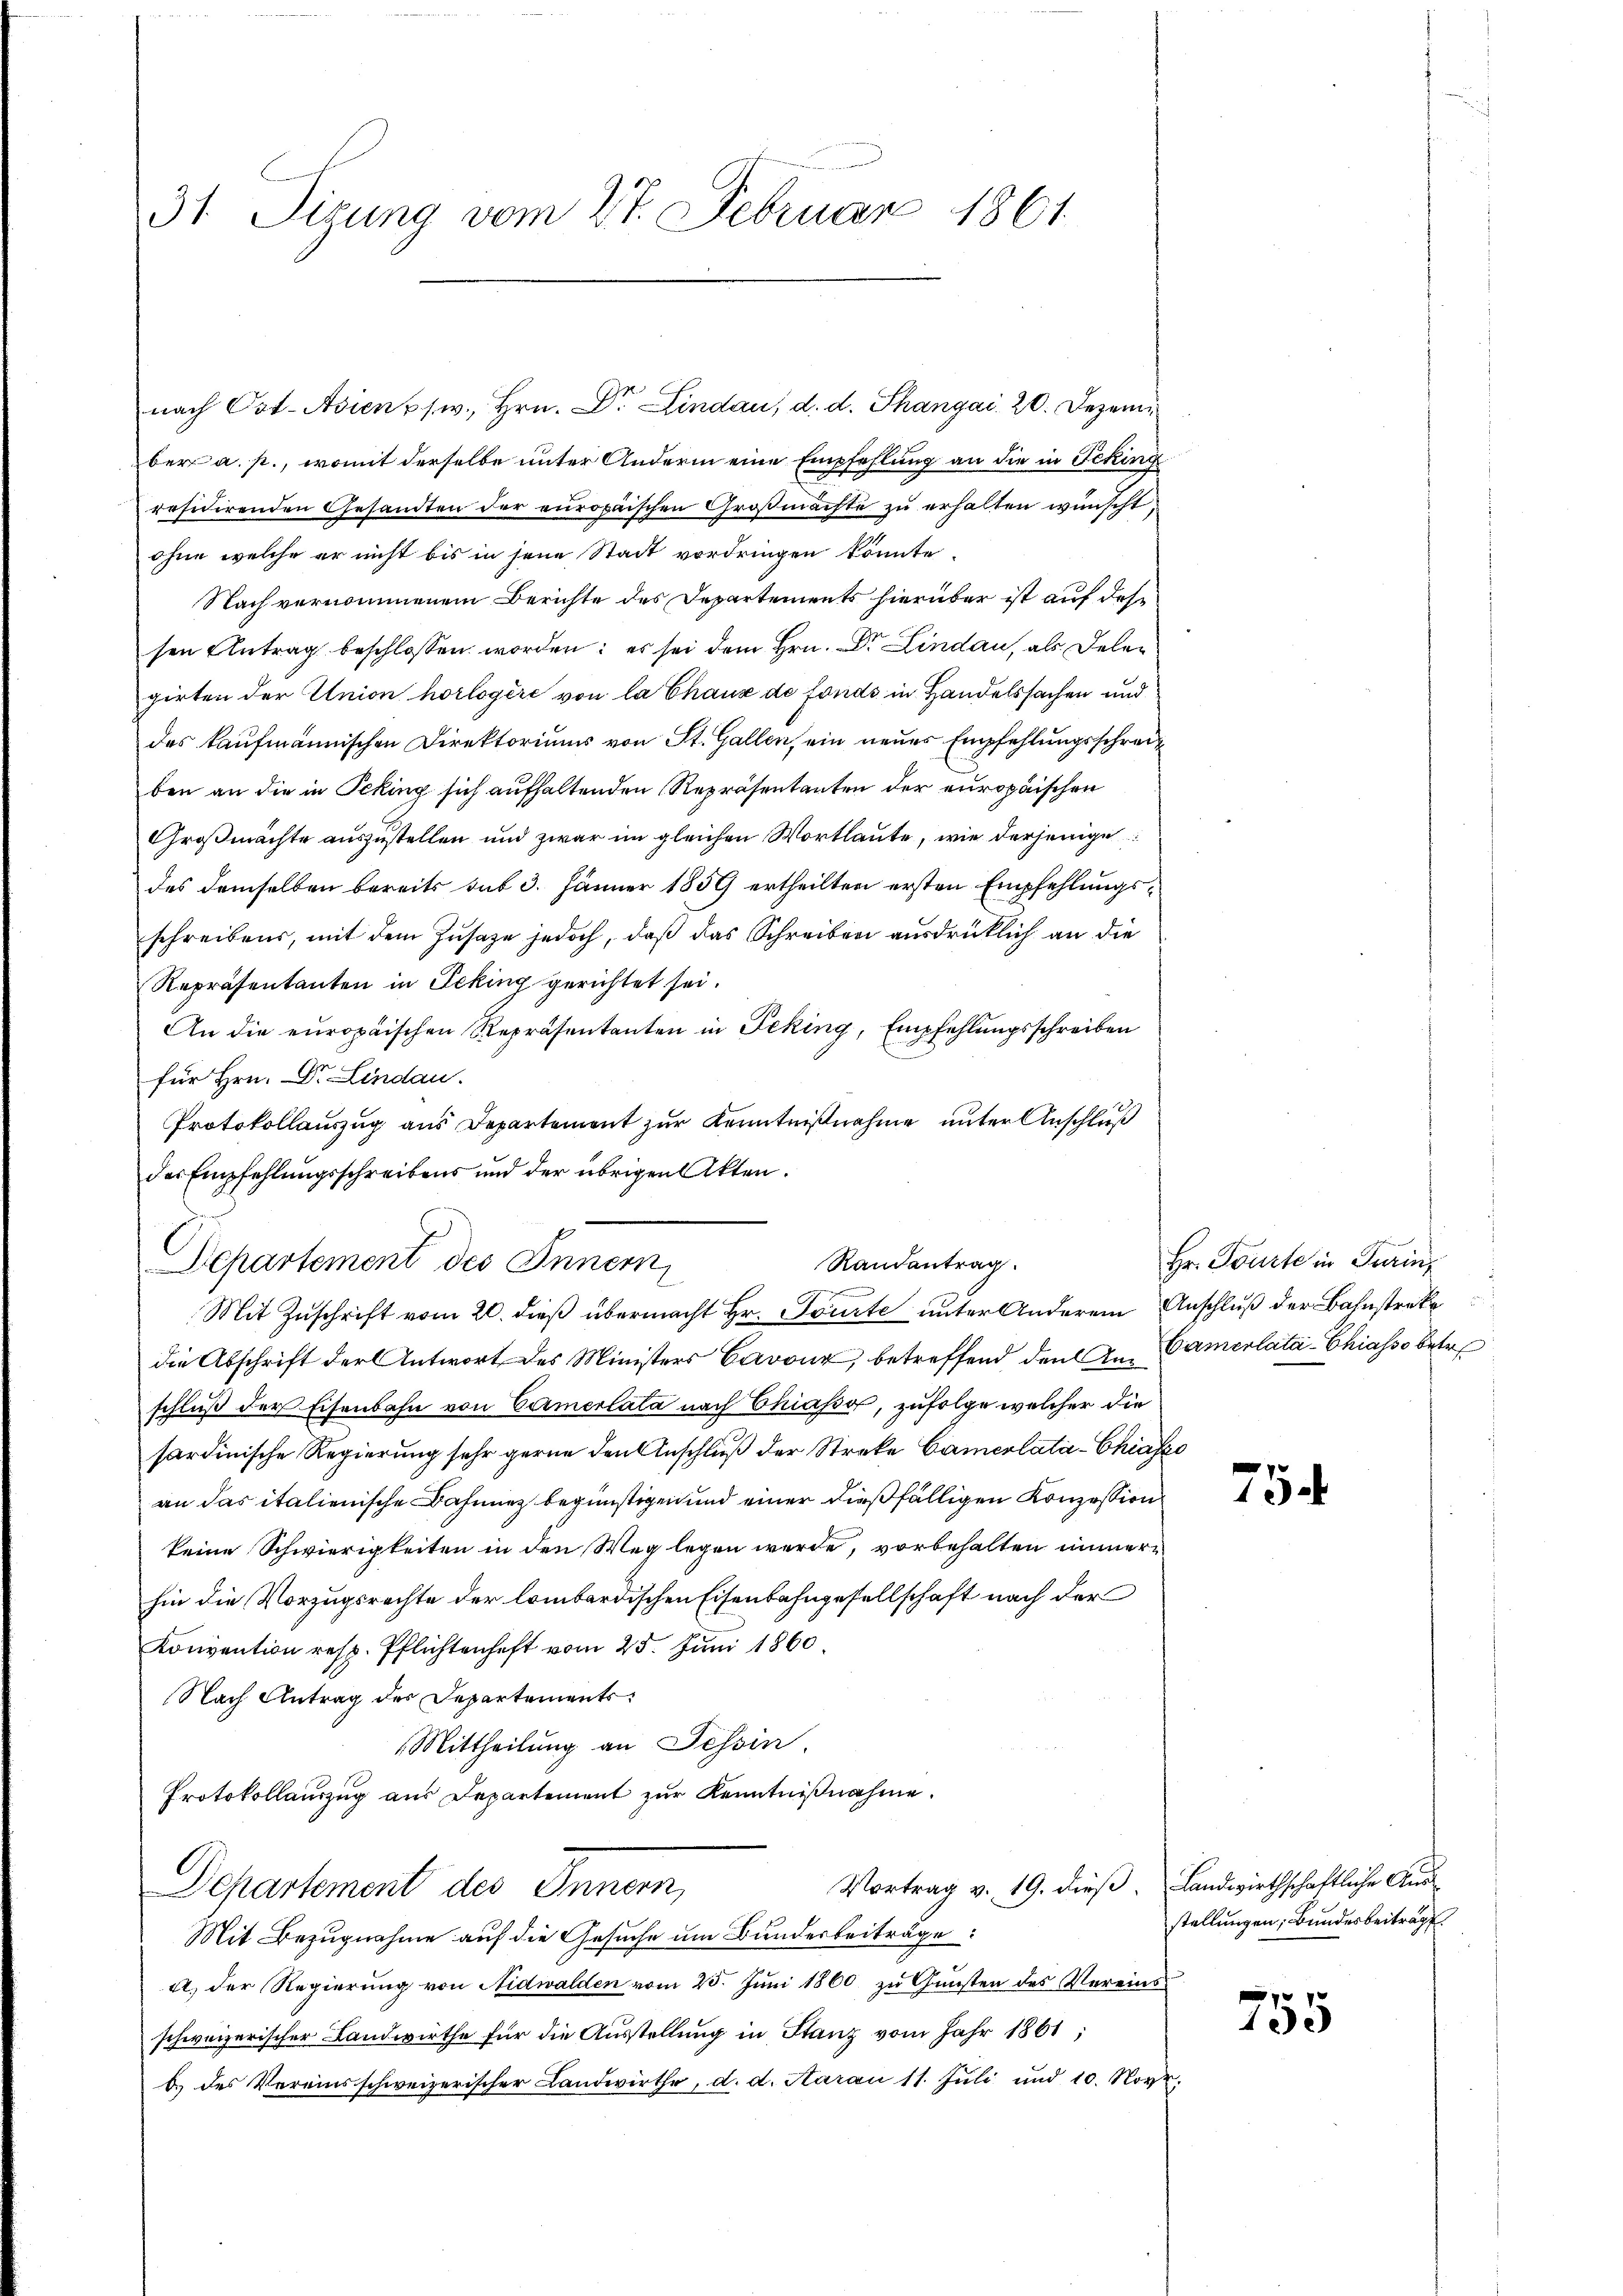
31 Sizung vom 27. Februar 1861

nach Ost-Asiens (w., Hrn. Dr. Lindau, d. d. Thangai 20. Dezember a. p., womit derselbe unter Andern eine Empfehlung an die in Fcking
residirenden Gesandten der europäischen Groβmachte zŭ erhalten wünscht,
ohne welche er nicht bis in jene Stadt vordringen könnte,
Nach vernommenem Berichte des Departements hierüber ist auf dessen Antrag beschlossen worden; es sei dem Hrn. Dr. Lindau, als Deler
girten der Union horlogère von la Chaux de fonds in Handelssachen und
des kaufmännischen Direktoriums von St. Gallen, ein neues Empfehlungsschreit
ben an die in Peking sich aufhaltenden Repräsentanten der europäischen
Großmächte auszustellen und zwar im gleichen Wortlaute, wie derjenige
des demselben bereits sub 3. Jänner 1859 ertheilten ersten Empfehlungsschreibens, mit dem Zusaze jedoch, daß das Schreiben ausdrücklich an die
Repräsentanten in Leking gerichtet sei.
An die europäischen Repräsentanten in Feking, Empfehlungsschreiben
für Hrn. Dr. Lindau.
Protokollauszug aus Departement zur Kenntnißnahme unter Anschluß
des Empfehlungsschreibens und der übrigen Akten.
Randantrag.
Departement des Innern,
Mit Zuschrift vom 20. dieß übermacht Hr. Tourte unter Anderem Anschluß der Bahnstreke
die Abschrift der Antwort des Ministers Cavour, betreffend den An- Camerlatá-Chiasso betre
schluß der Eisenbahn von Camerlata nach Chiasso, zufolge welcher die
sardinische Regierung sehr gerne den Anschluß der Streke Camerlatá-Chiasze
an das italienische Bahnnez begünstigen und einer dießfälligen Konzession
keine Schwierigkeiten in den Weg legen werde, vorbehalten innere
hin die Vorzugsrechte der lombardischen Eisenbahngesellschaft nach der
Konvention resp. Pflichtenhaft vom 25. Juni 1860.
Nach Antrag des Departements
Mittheilung an Tessin.
Protokollauszug aus Departement zur Kenntnißnahme.
Vortrag v. 19. dieß. Landwirthschaftliche Aus¬
Departement des Innern,
Mit Bezugnahme auf die Gesuche um Bundesbeiträge:
a) der Regierung von Nidwalden vom 25. Juni 1860 zu Gunsten des Vereinsschweizerischer Landwirthe für die Ausstellung in Stanz vom Jahr 1861,
b. des Vereinsschweizerischer Landwirthe, d. d. Aarau 11. Jŭli und 10. Nov.

Hr. Tourte in Turin,

75.

stellungen, Bundesbeiträgt

e

755